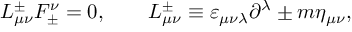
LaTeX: { \cal L } _ { \mu \nu } ^ { \pm } { \cal F } _ { \pm } ^ { \nu } = 0 , \qquad { \cal L } _ { \mu \nu } ^ { \pm } \equiv \varepsilon _ { \mu \nu \lambda } \partial ^ { \lambda } \pm m \eta _ { \mu \nu } ,